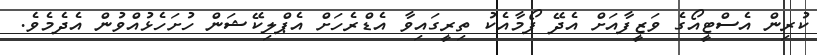
ކުރިން އެސްޓީއޯގެ ވަޒީފާއަށް އެދޭ ފޯމާއެކު ތިރީގައިވާ އެޑްރެހަށް އެޕްލިކޭޝަން ހުށަހެޅުއްވުން އެދެމެވެ.